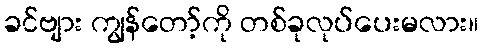
ခင်ဗျား ကျွန်တော့်ကို တစ်ခုလုပ်ပေးမလား။